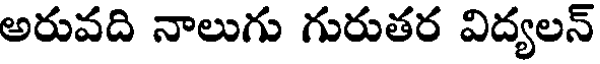
అరువది నాలుగు గురుతర విద్యలన్